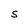
Character: s